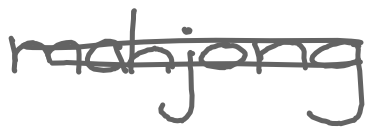
Text: mahjong
Cross-out: double-line
Writing tool: digital_gray